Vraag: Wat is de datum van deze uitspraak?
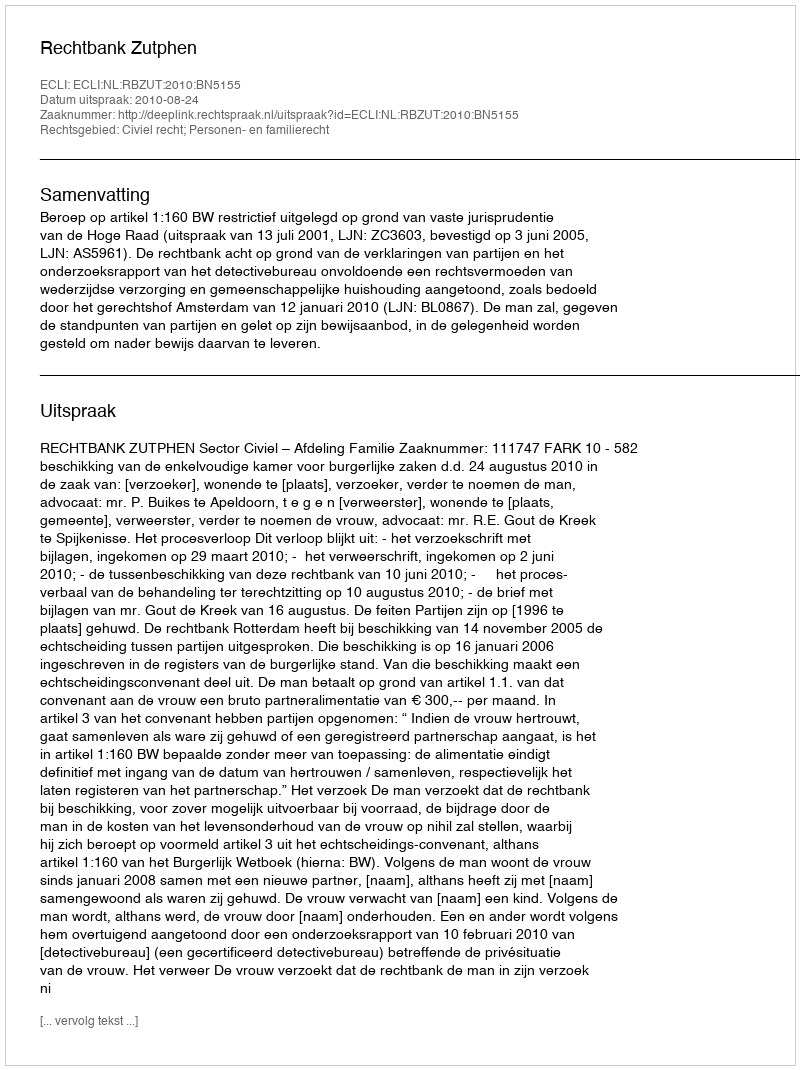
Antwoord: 2010-08-24